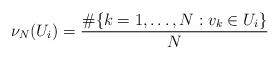
LaTeX: \begin{align*}\nu_N(U_i) = \frac{\#\{k=1,\ldots, N : v_k \in U_i\} }{N}\end{align*}